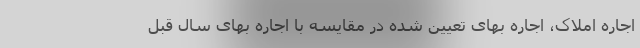
اجاره املاک، اجاره بهای تعیین شده در مقایسه با اجاره بهای سال قبل